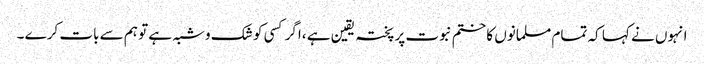
انہوں نے کہا کہ تمام مسلمانوں کا ختم نبوت پر پختہ یقین ہے ،اگر کسی کو شک وشبہ ہے تو ہم سے بات کرے ۔